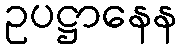
ဥပဋ္ဌာနေန